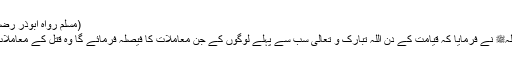
(مسلم رواہ ابوذر رضی اللہ عنہ)
۲- رسول اللہﷺ نے فرمایا کہ قیامت کے دن اللہ تبارک و تعالیٰ سب سے پہلے لوگوں کے جن معاملات کا فیصلہ فرمائے گا وہ قتل کے معاملات ہوں گے۔